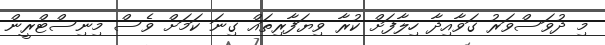
މި ދުވަސްވަރު ގަވާއިދާ ހިލާފަށް ކުރާ ވިޔަފާރިތައް ގިނަ ކަމަށް ވެސް މިނިސްޓްރީން